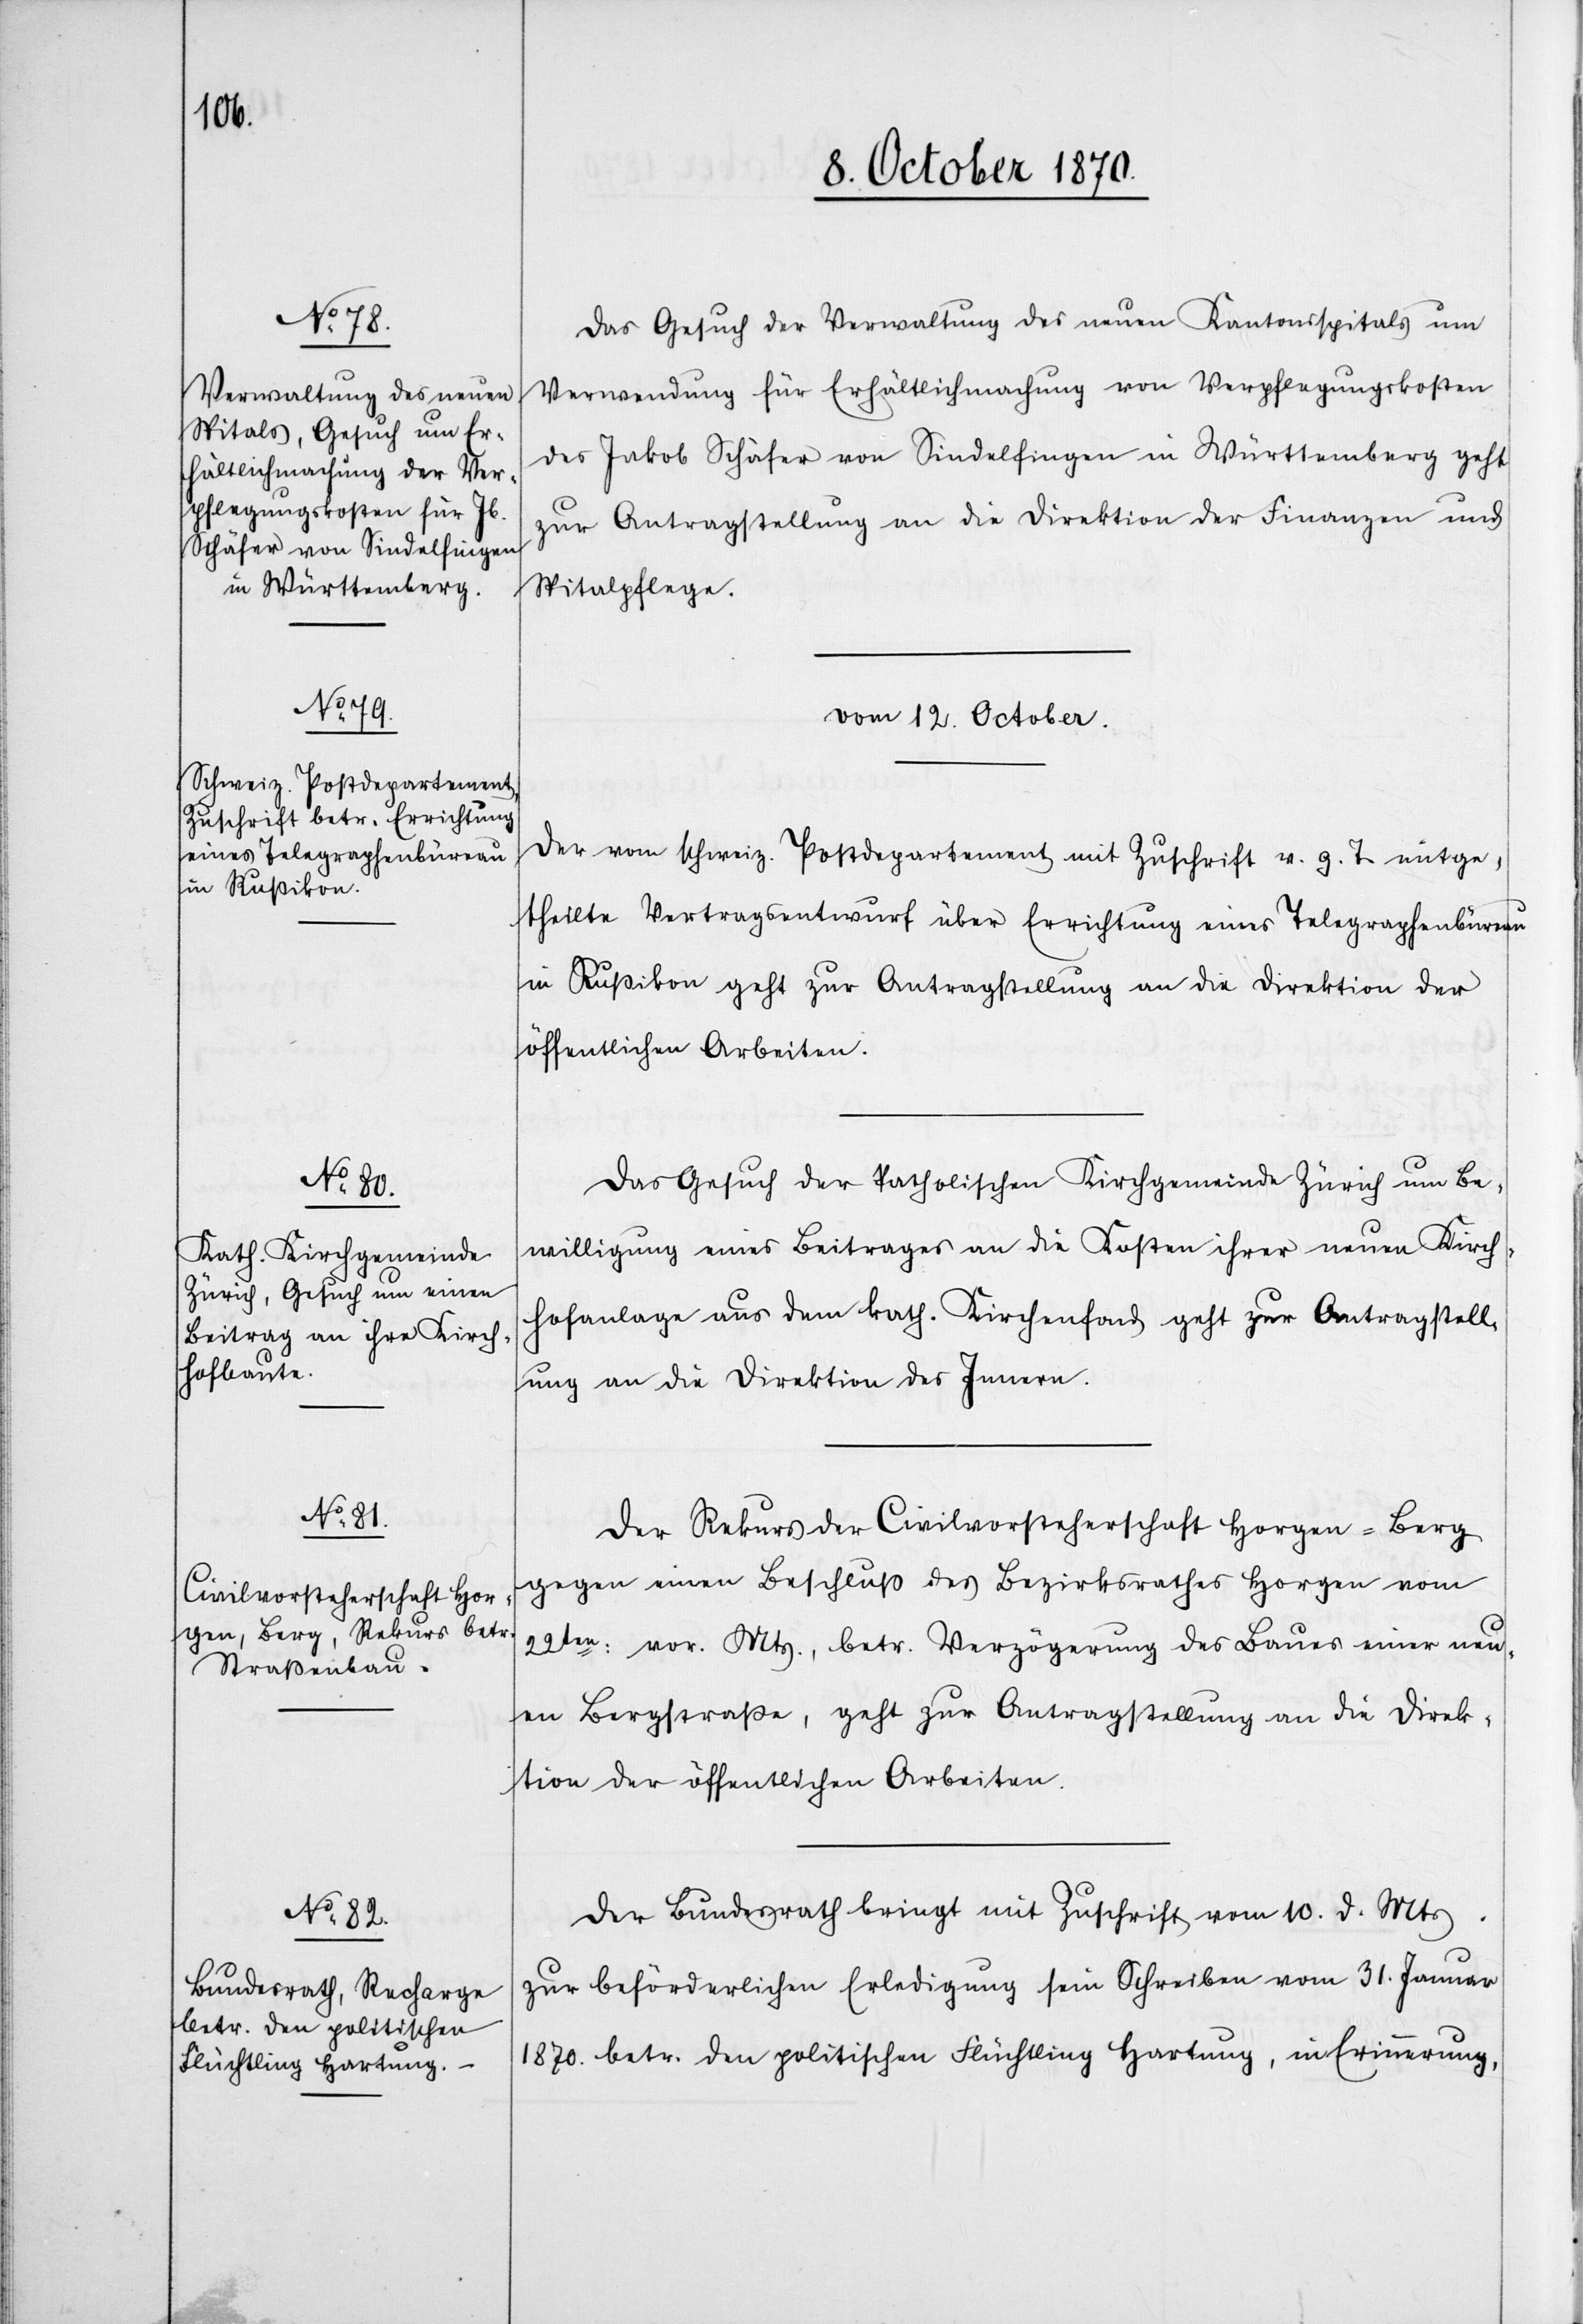
1870.

11. October 1870.]
Das Gesuch der Verwaltung des neuen Kantonsspitals um
Verwendung für Erhältlichmachung von Verpflegungskosten
des Jakob Schäfer von Sindelfingen in Württemberg geht
zur Antragstellung an die Direktion der Finanzen und
Spitalpflege.
vom 12. October
Der vom schweiz. Postdepartement mit Zuschrift v. g. T. mitge¬
theilte Vertragsentwurf über Errichtung eines Telegraphenbüreau
in Rußikon geht zur Antragstellung an die Direktion der
öffentlichen Arbeiten.
Das Gesuch der katholischen Kirchgemeinde Zürich um Be¬
willigung eines Beitrages an die Kosten ihrer neuen Kirch¬
hofanlage aus dem kath. Kirchenfond geht zur Antragstell¬
ung an die Direktion des Innern.
Der Rekurs der Civilvorsteherschaft Horgen - Berg
gegen einen Beschluß des Bezirksrathes Horgen vom
22ten: vor. Mts., betr. Verzögerung des Baues einer neu¬
en Bergstraße geht zur Antragstellung an die Direk¬
tion der öffentlichen Arbeiten.
Der Bundesrath bringt mit Zuschrift vom 10. d. Mts
zur beförderlichen Erledigung sein Schreiben vom 31. Januar
1870. betr. den politischen Flüchtling Hartung, in Erinnerung,